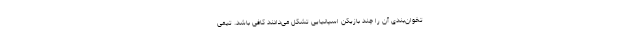
تخوان‌بندی آن را چند بازیکن اسپانیایی تشکل می‌دادند کافی باشد. تیمی